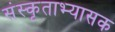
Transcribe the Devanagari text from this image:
संस्कृताभ्यासक